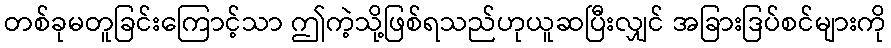
တစ်ခုမတူခြင်းကြောင့်သာ ဤကဲ့သို့ဖြစ်ရသည်ဟုယူဆပြီးလျှင် အခြားဒြပ်စင်များကို